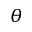
\theta